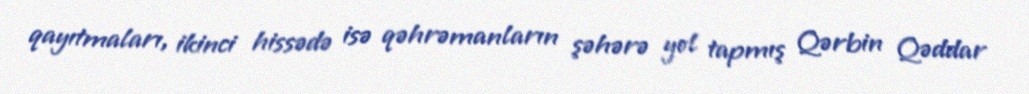
qayıtmaları, ikinci hissədə isə qəhrəmanların şəhərə yol tapmış Qərbin Qəddar